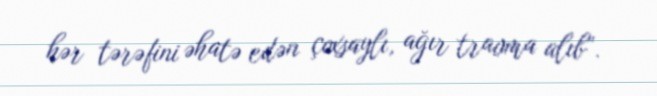
hər tərəfini əhatə edən çoxsaylı, ağır travma alıb”.